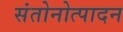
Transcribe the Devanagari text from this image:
संतोनोत्पादन